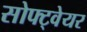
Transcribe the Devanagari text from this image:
सोफ्ट्वेयर